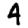
Digit: 4